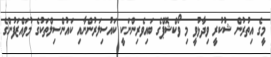
މީގެ އިތުރުން ޝުކުރީ ވިދާޅުވީ މި ވޯކްޝޮޕްގެ ބައިވެރިންނަކީ ކައުސިލަރުންނާއި ކައުންސިލްތަކުގެ މުވައްޒަފުންގެ